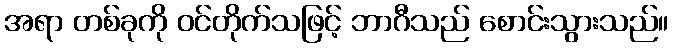
အရာ တစ်ခုကို ဝင်တိုက်သဖြင့် ဘာဂီသည် စောင်းသွားသည်။